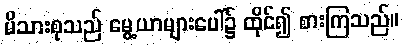
မိသားစုသည် မွေ့ယာများပေါ်၌ ထိုင်၍ စားကြသည်။